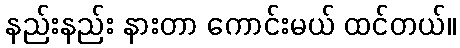
နည်းနည်း နားတာ ကောင်းမယ် ထင်တယ်။